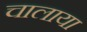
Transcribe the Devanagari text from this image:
चालाया